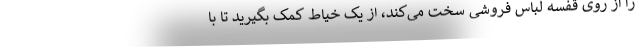
را از روی قفسه لباس فروشی سخت می‌کند، از یک خیاط کمک بگیرید تا با